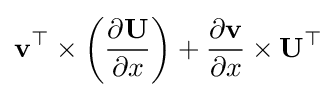
\mathbf {v} ^{\top }\times \left({\frac {\partial \mathbf {U} }{\partial x}}\right)+{\frac {\partial \mathbf {v} }{\partial x}}\times \mathbf {U} ^{\top }